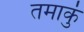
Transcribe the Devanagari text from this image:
तमाकुं